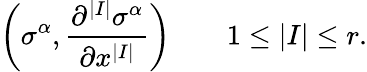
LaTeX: \left(\sigma^{\alpha},{\frac{\partial^{|I|}\sigma^{\alpha}}{\partial x^{|I|}}}\right)\qquad 1\leq|I|\leq r.